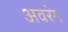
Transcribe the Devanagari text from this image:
अवरंग